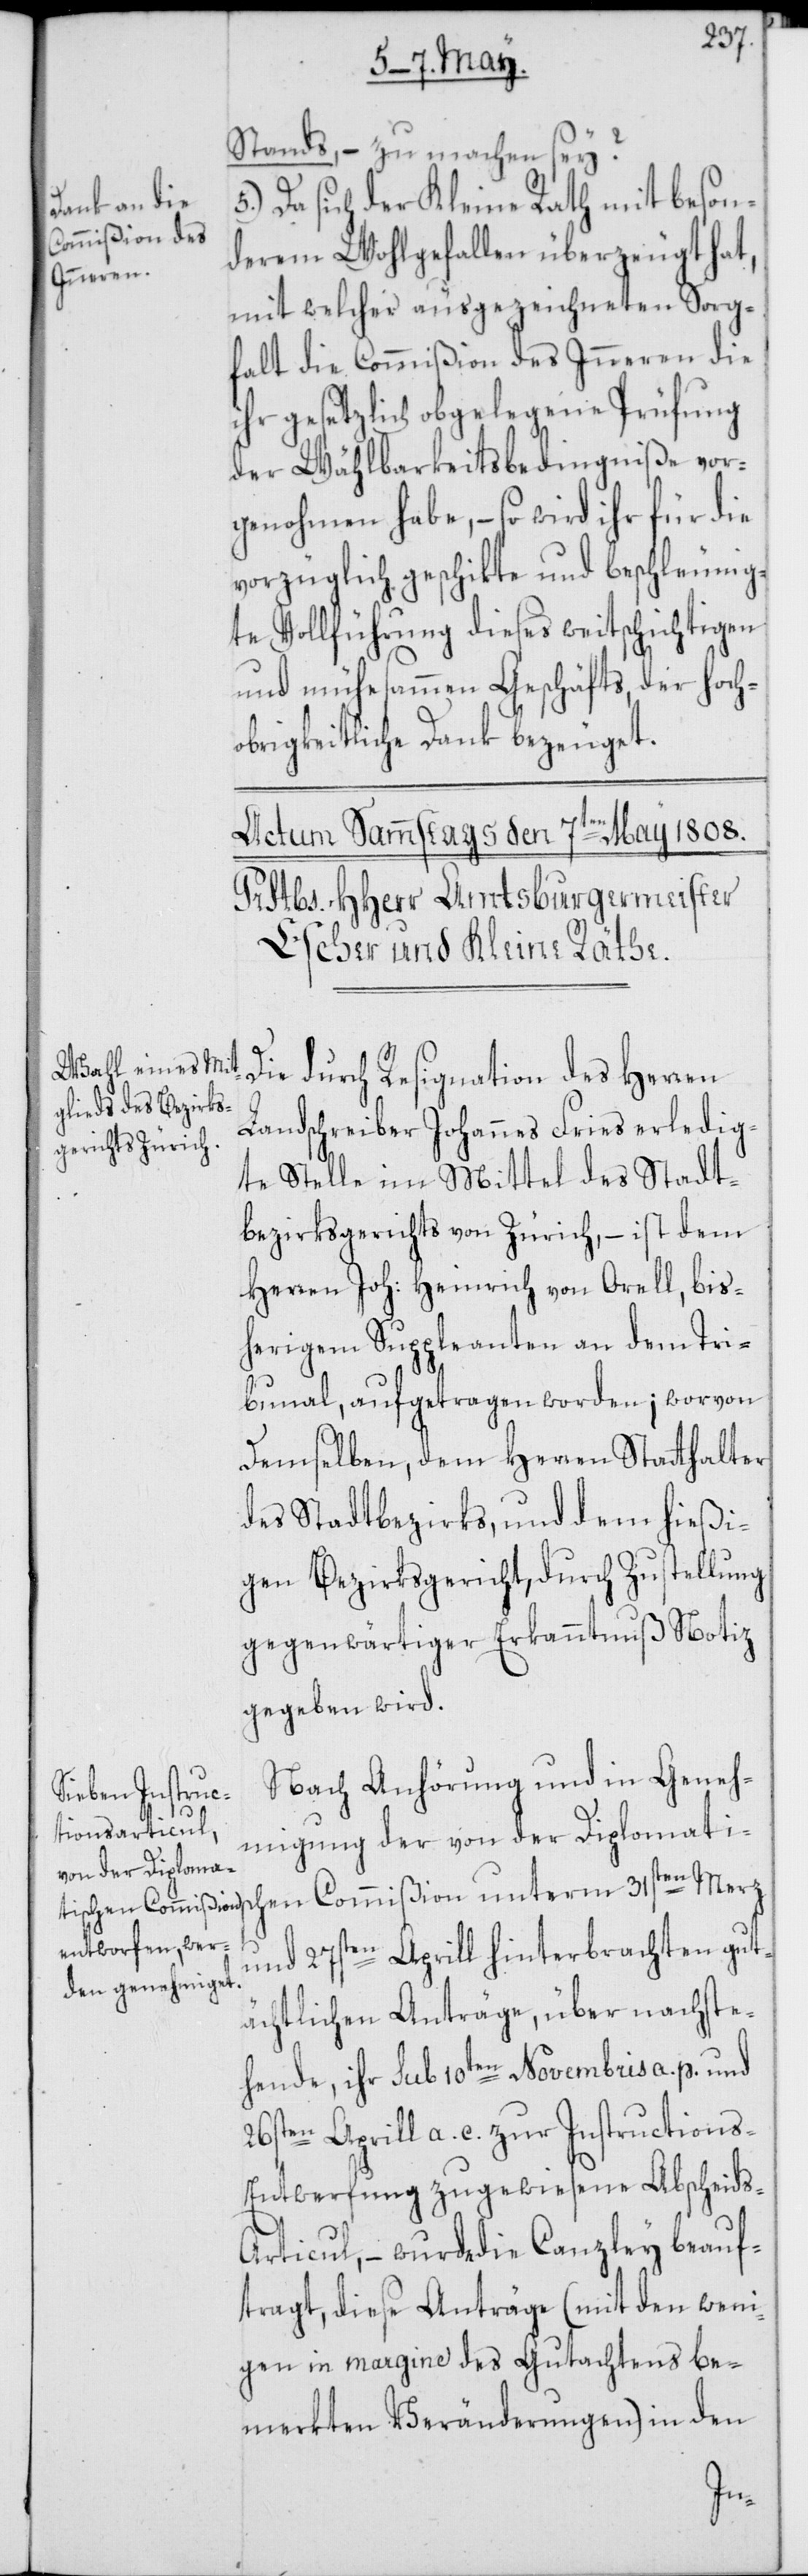
Stands, – zu machen sey?
Da sich der Kleine Rath mit beson¬
derem Wohlgefallen überzeugt hat,
mit welcher ausgezeichneten Sorg¬
falt die Commißion des Inneren die
ihr gesetzlich obgelegene Prüfung
der Wählbarkeitsbedingniße vor¬
genohmen habe, – so wird ihr für die
vorzüglich geschikte und beschleunig¬
te Vollführung dieses weitschichtigen
und mühesammen Geschäfts, der Hoch¬
obrigkeitliche Dank bezeuget.
Die durch Resignation des Herren
Landschreiber Johannes Fries erledig¬
te Stelle im Mittel des Stadt¬
bezirksgerichts von Zürich, – ist dem
Herren Joh: Heinrich von Orell, bis¬
herigem Suppleanten an dem Tri¬
bunal, aufgetragen worden; worvon
demselben, dem Herren Stadthalter
des Stadtbezirks, und dem hießi¬
gen Bezirksgericht, durch Zustellung
gegenwärtige Erkanntnuß Notiz
gegeben wird.
Nach Anhörung und in Geneh¬
migung der von der Diplomatisc¬
und 27sten Aprill hinterbrachten gut¬
ächtlichen Anträge, über nachste¬
hende, ihr sub 10ten Novembris a. p. und
26sten Aprill a. c. zur Instruction¬
s-Entwerfung zugewiesene Abscheid¬
s-Articul, – wurde die Canzley beauf¬
tragt, diese Anträge (mit den weni¬
gen in margine des Gutachtens be¬
merkten Veränderungen) in den
hen